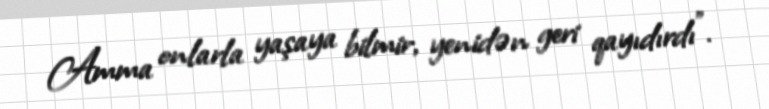
Amma onlarla yaşaya bilmir, yenidən geri qayıdırdı”.